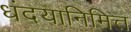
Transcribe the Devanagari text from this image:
धंदयानिमित्त्‍ा